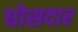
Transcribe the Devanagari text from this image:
घोसदार